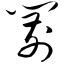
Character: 箭